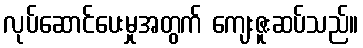
လုပ်ဆောင်ပေးမှုအတွက် ကျေးဇူးဆပ်သည်။